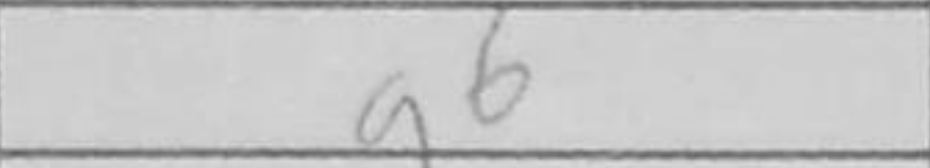
Transcription: g6